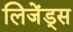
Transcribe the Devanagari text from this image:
लिजेंड्स